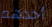
أحدهم